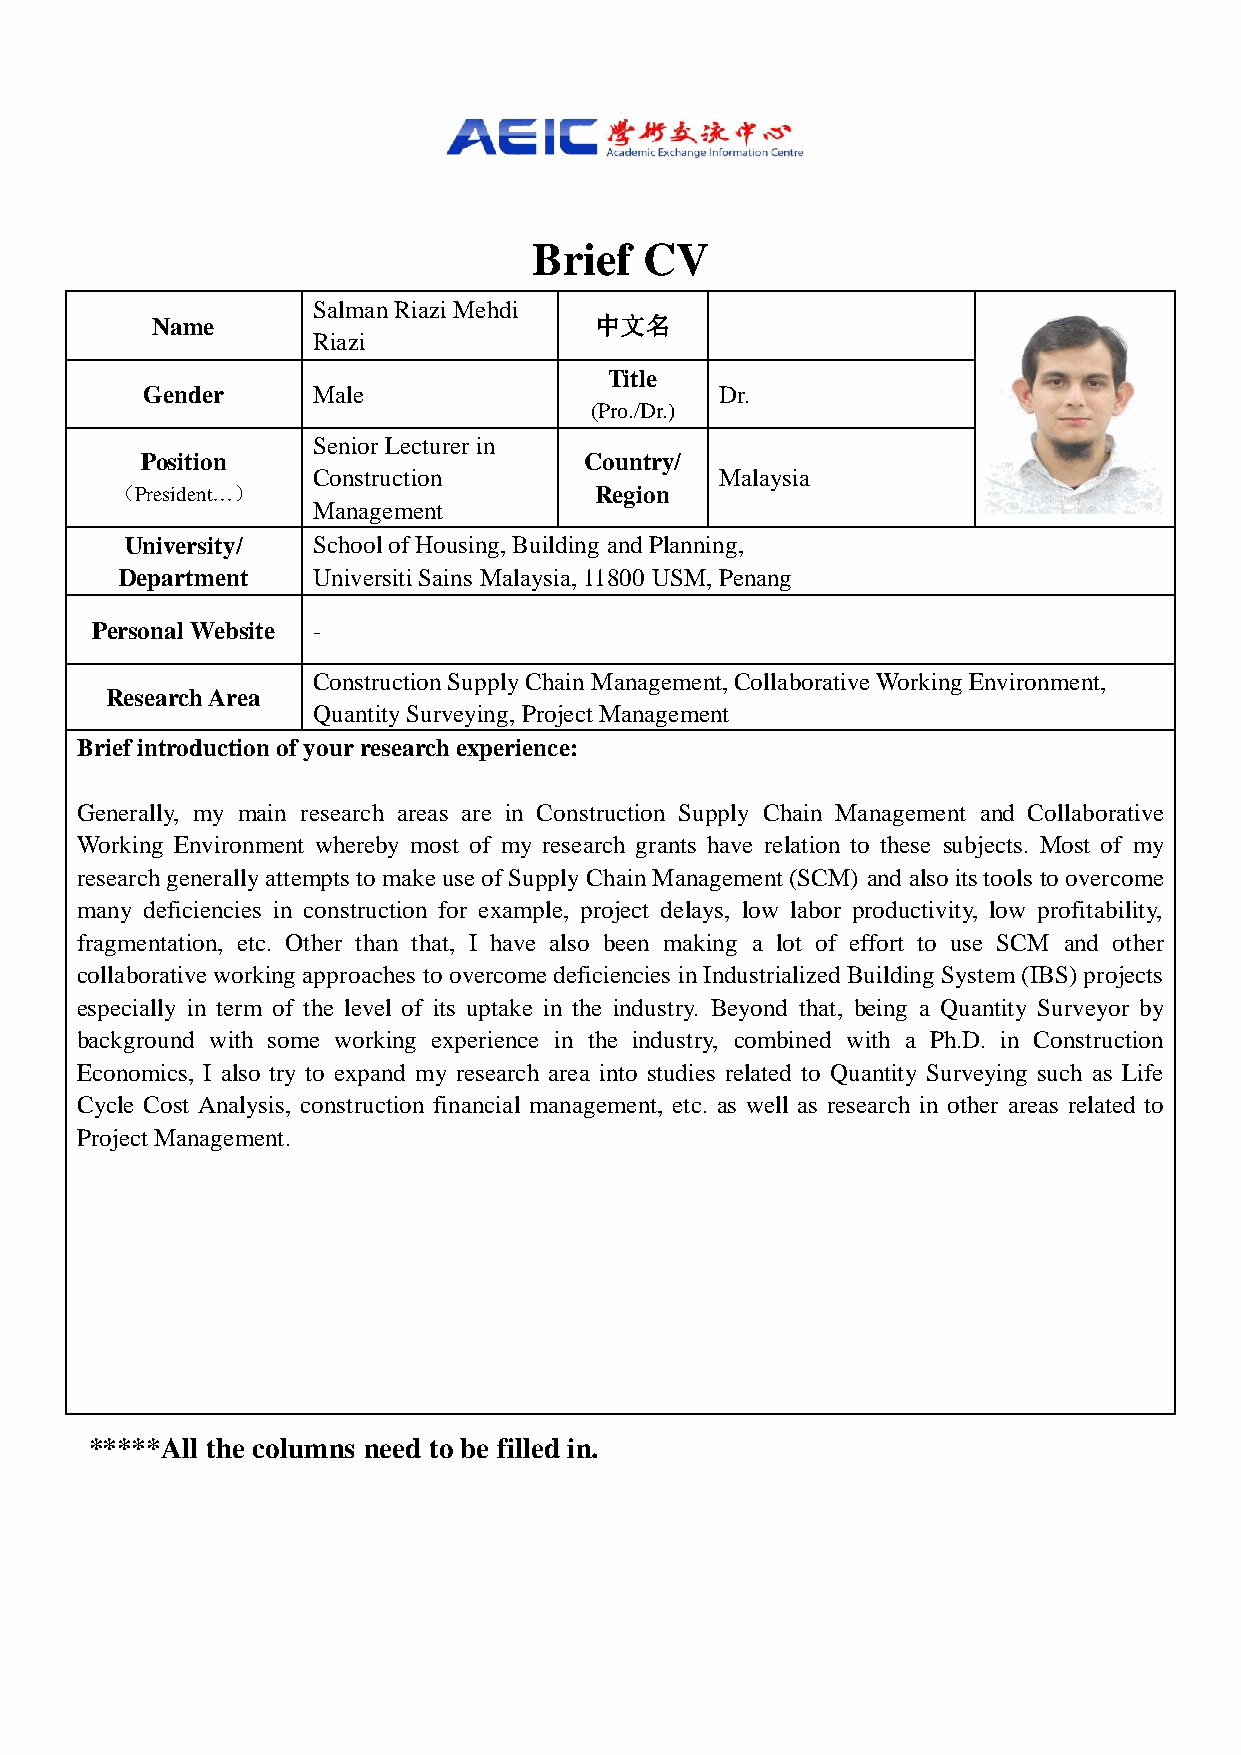
Brief   CV
 Salman Riazi Mehdi
 Name                         中文名
 Riazi
 Title
 Gender      Male                       Dr.
 (Pro./Dr.)
 Senior Lecturer in
 Position                      Country/
 Construction               Malaysia
 （President…）                   Region
 Management
 University/  School of Housing, Building and Planning,
 Department   Universiti Sains Malaysia, 11800 USM, Penang
 Personal Website -
 Construction Supply Chain Management, Collaborative Working Environment,
 Research Area
 Quantity Surveying, Project Management
 Brief introduction of your research experience:
 Generally, my main research areas are in Construction Supply Chain Management and Collaborative
 Working Environment whereby most of my research grants have relation to these subjects. Most of my
 research generally attempts to make use of Supply Chain Management (SCM) and also its tools to overcome
 many deficiencies in construction for example, project delays, low labor productivity, low profitability,
 fragmentation, etc. Other than that, I have also been making a lot of effort to use SCM and other
 collaborative working approaches to overcome deficiencies in Industrialized Building System (IBS) projects
 especially in term of the level of its uptake in the industry. Beyond that, being a Quantity Surveyor by
 background with some working experience in the industry, combined with a Ph.D. in Construction
 Economics, I also try to expand my research area into studies related to Quantity Surveying such as Life
 Cycle Cost Analysis, construction financial management, etc. as well as research in other areas related to
 Project Management.
 *****All the columns need to be filled in.